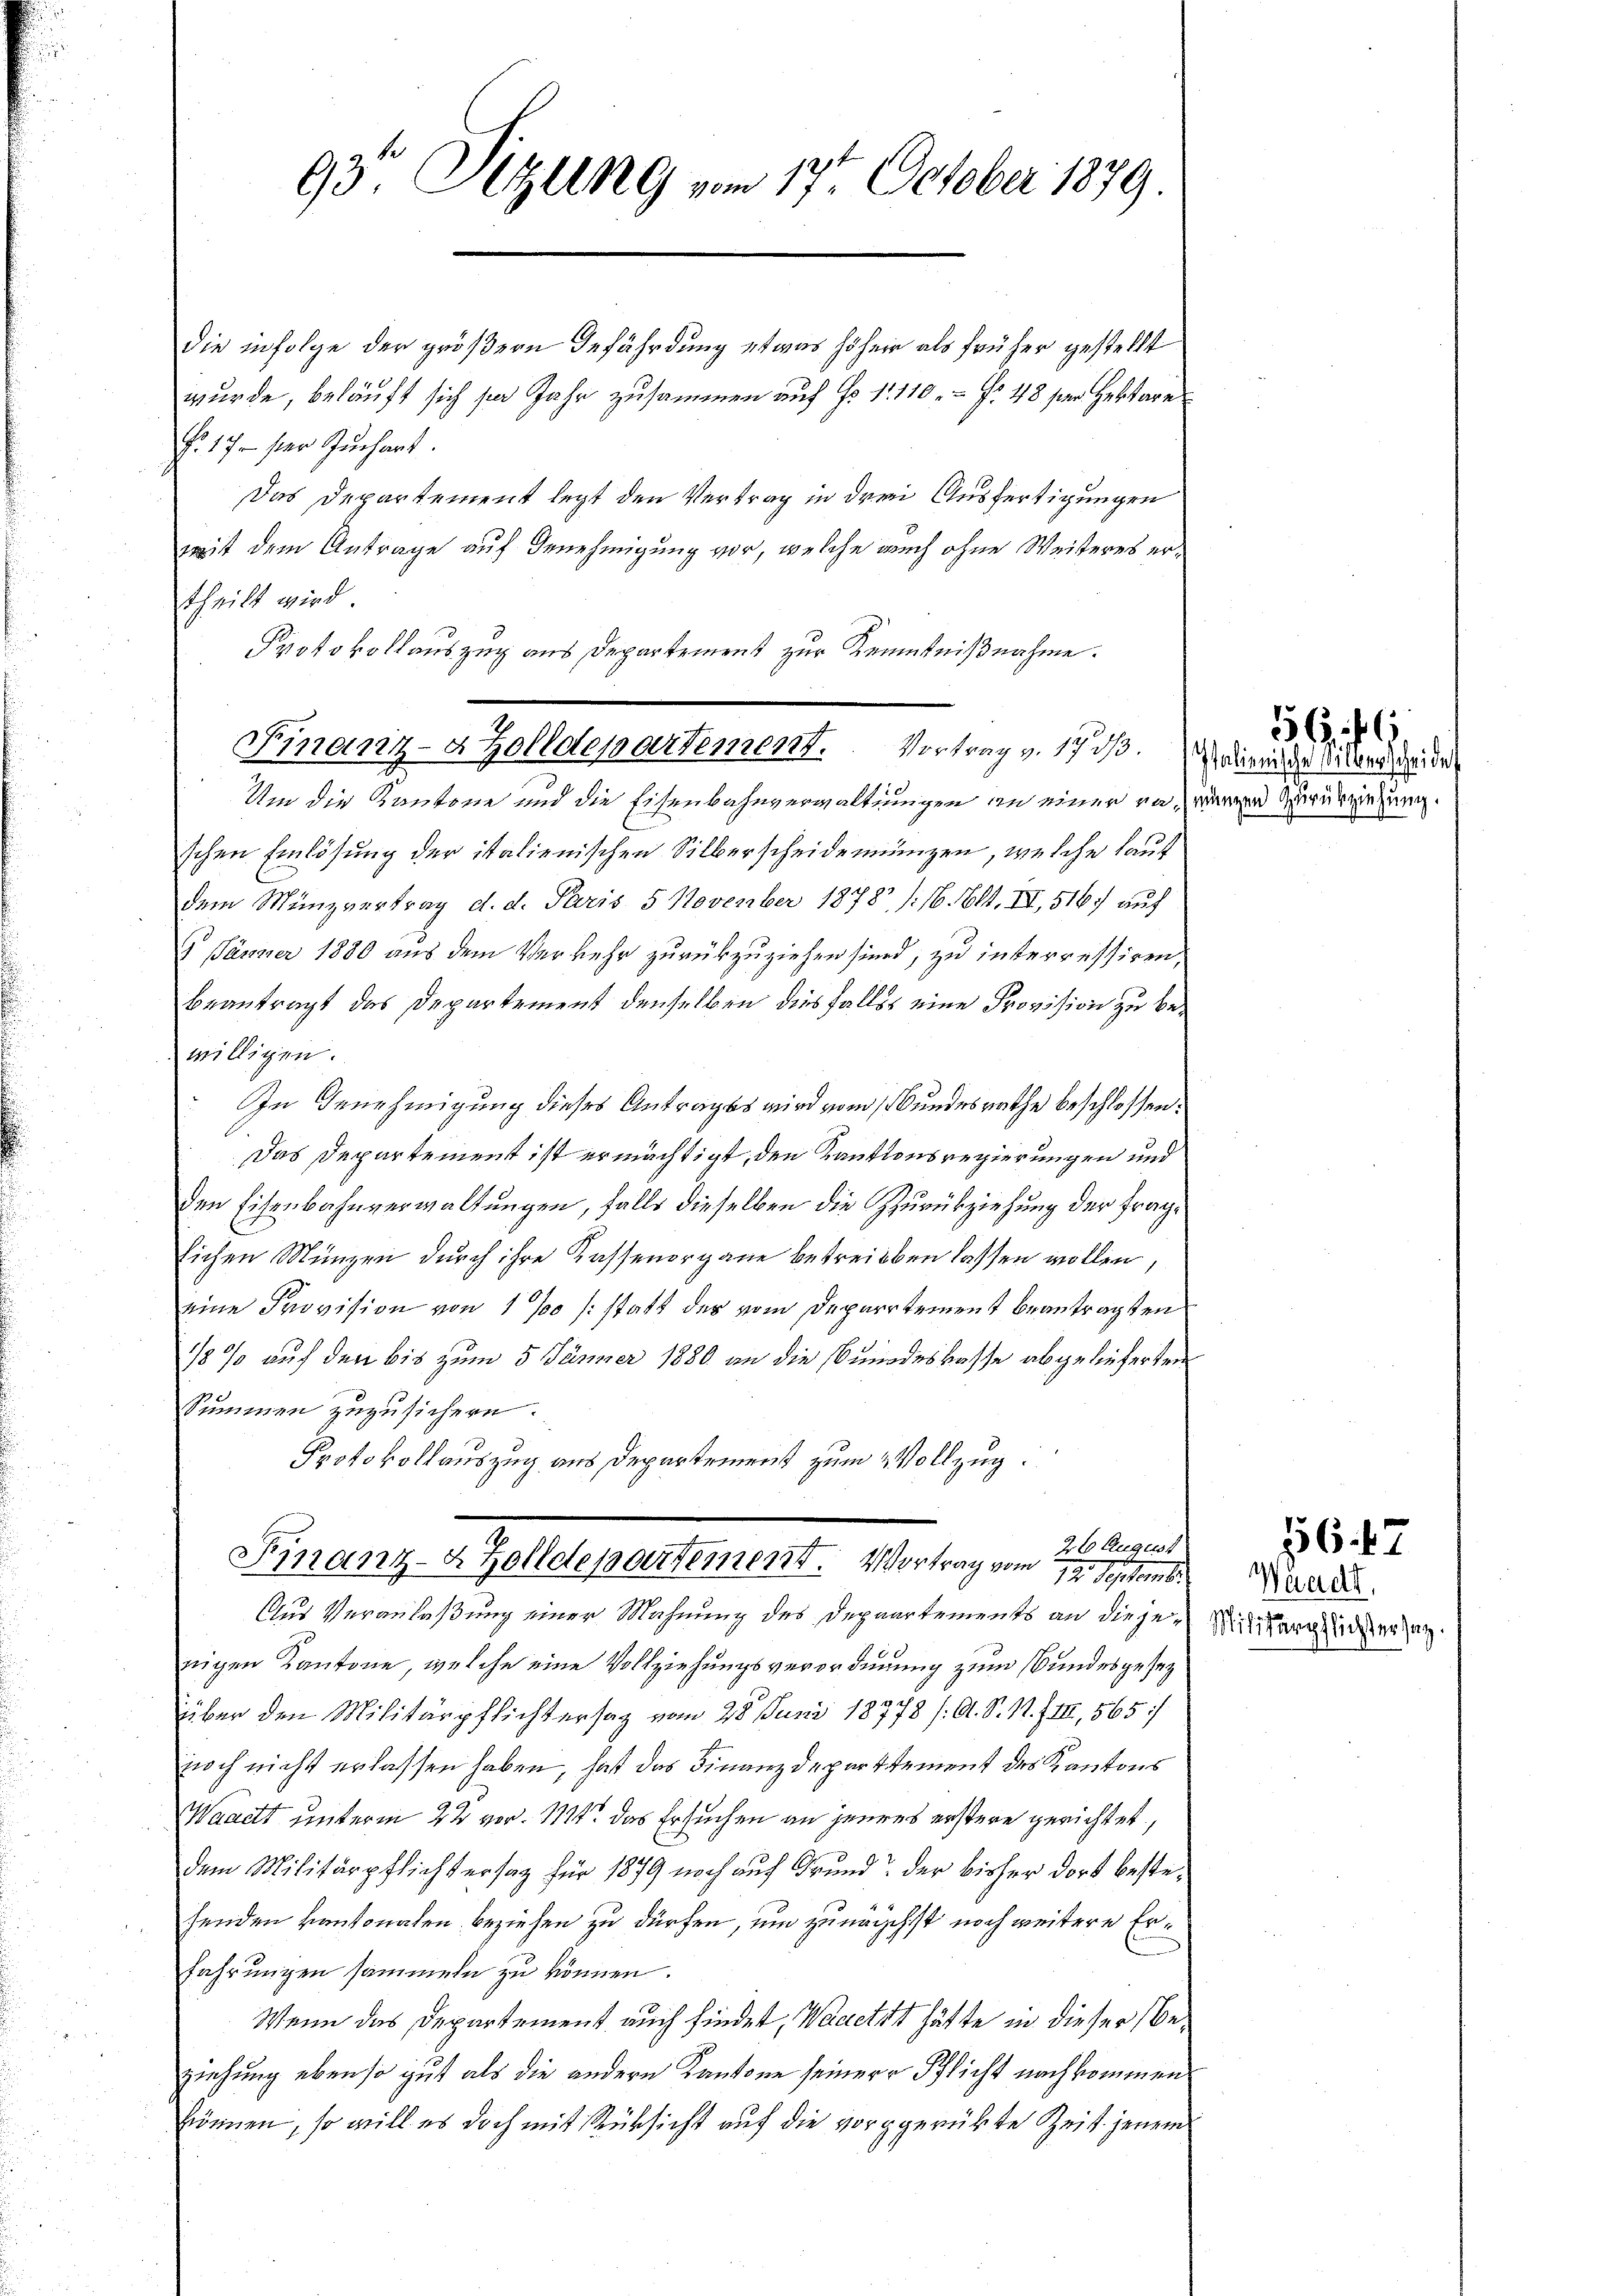
93. Sizung vom 17ten October 1879.

die infolge der größern Befährdung etwas höher als früher gestellt
wurde, beläuft sich sei Jahr zusammen auf No 11110. No. 48 für Hektore
f. 17. per Juchart.
Das Departement legt den Vertrag in drei Ausfertigungen
mit dem Antrage auf Genehmigung vor, welche auch ohne Weiteres ertheilt wird
Protokollauszug aus Departement zur Kenntnißnahme.

Finanz- & Zolldepartement. Vortrag v. 17. dβ.
Um die Kantone und die Eisenbahnverwaltungen an einer da, wennen Zurückziehung

schen Einlösung der italienischen Silberscheidemünzen, welche laut
dem Münzvertrag d. d. Paris 5 November 1878 (16. Okt. III, 516 auf
5 Jänner 1880 aus dem Verkehr zurükzuziehen sind, zu interressiren,
beantragt das Departement denselben diesfalls eine Provision zu bewilligen.
In Benehmigung dieses Antrages wird vom Bundesrathe beschlossen:
Das Departement ist ermächtigt, den Kantonsregierungen und
den Eisenbahnverwaltungen, falls dieselben die Zurückziehung der fraglichen Münzen durch ihre Kassenorgane betreiben lassen wollen,
eine Provision von 1% /: statt des vom Departement beantragten
18% auf den bis zum 5 Jänner 1880 an die Bundeskasse abgelieferten
Summen zuzusichern.
Protokollauszug aus Departement zum Vollzug.

Finanz-Zolldepartement. Vortrag vom 26. Augus
12. Septembe

Aus Veranlaßung einer Mahnung des Depaartements an dieje¬ Mit angenden gan
nigen Kantone, welche eine Vollziehungsverordnung zum Bundesgesez
über den Militärpflichtersatz vom 28. Juni 18778 /A. S. 1. f. III, 565)
noch nicht erlassen haben, hat das Finanzdepartement des Kantons
Waaett unterm 22 vor. 121. das Ersuchen an jenens erstere gerichtet,
dem Militärpflichtersag für 1879 noch auf Grund der bisher dort bestehenden kantonalen beziehen zu dürfen, um zunächst noch weitere Erfahrungen sammeln zu können.
Wenn das Departement auch findet, Waaetzt hätte in dieser Beziehung ebenso gut als die andern Kantone seiner Pflicht nachkommen
können, so will es doch mit Rücksicht auf die vorgerükte Zeit jenem

Italienische Silberscheide

556. 46

Waadt

156. 47